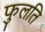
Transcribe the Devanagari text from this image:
फुलति